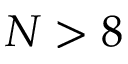
N > 8